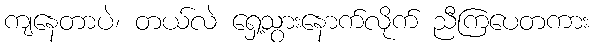
ကျနေတာပဲ၊ တယ်လဲ ရှေ့သွားနောက်လိုက် ညီကြပေတကား